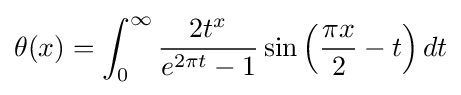
\theta (x)=\int _{0}^{\infty }{\frac {2t^{x}}{e^{2\pi t}-1}}\sin \left({\frac {\pi x}{2}}-t\right)dt